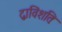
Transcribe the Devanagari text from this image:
द्वाविंशतिः